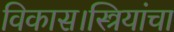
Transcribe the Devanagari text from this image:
विकास।स्त्रियांचा